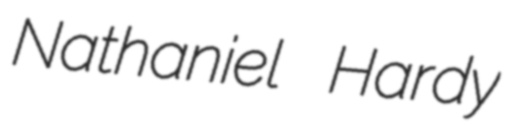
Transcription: Nathaniel Hardy